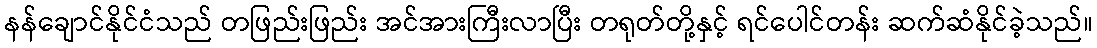
နန်ချောင်နိုင်ငံသည် တဖြည်းဖြည်း အင်အားကြီးလာပြီး တရုတ်တို့နှင့် ရင်ပေါင်တန်း ဆက်ဆံနိုင်ခဲ့သည်။